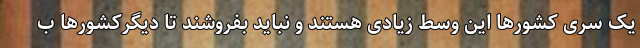
یک سری کشورها این وسط زیادی هستند و نباید بفروشند تا دیگرکشورها ب